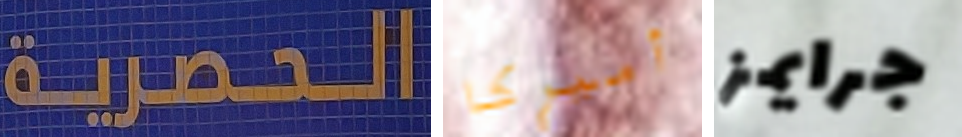
الحصرية أميركا جرايمز